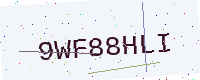
Text: 9WF88HLI